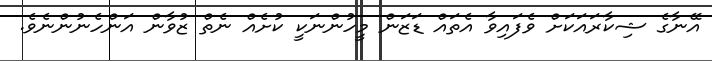
އޭނާގެ ޝިކާރައަކަށް ވެފައިވާ އެތައް ޑަޒަން މީހުންނަކީ ކުށެއް ނެތް ޒުވާން އަންހެނުންނެވެ.